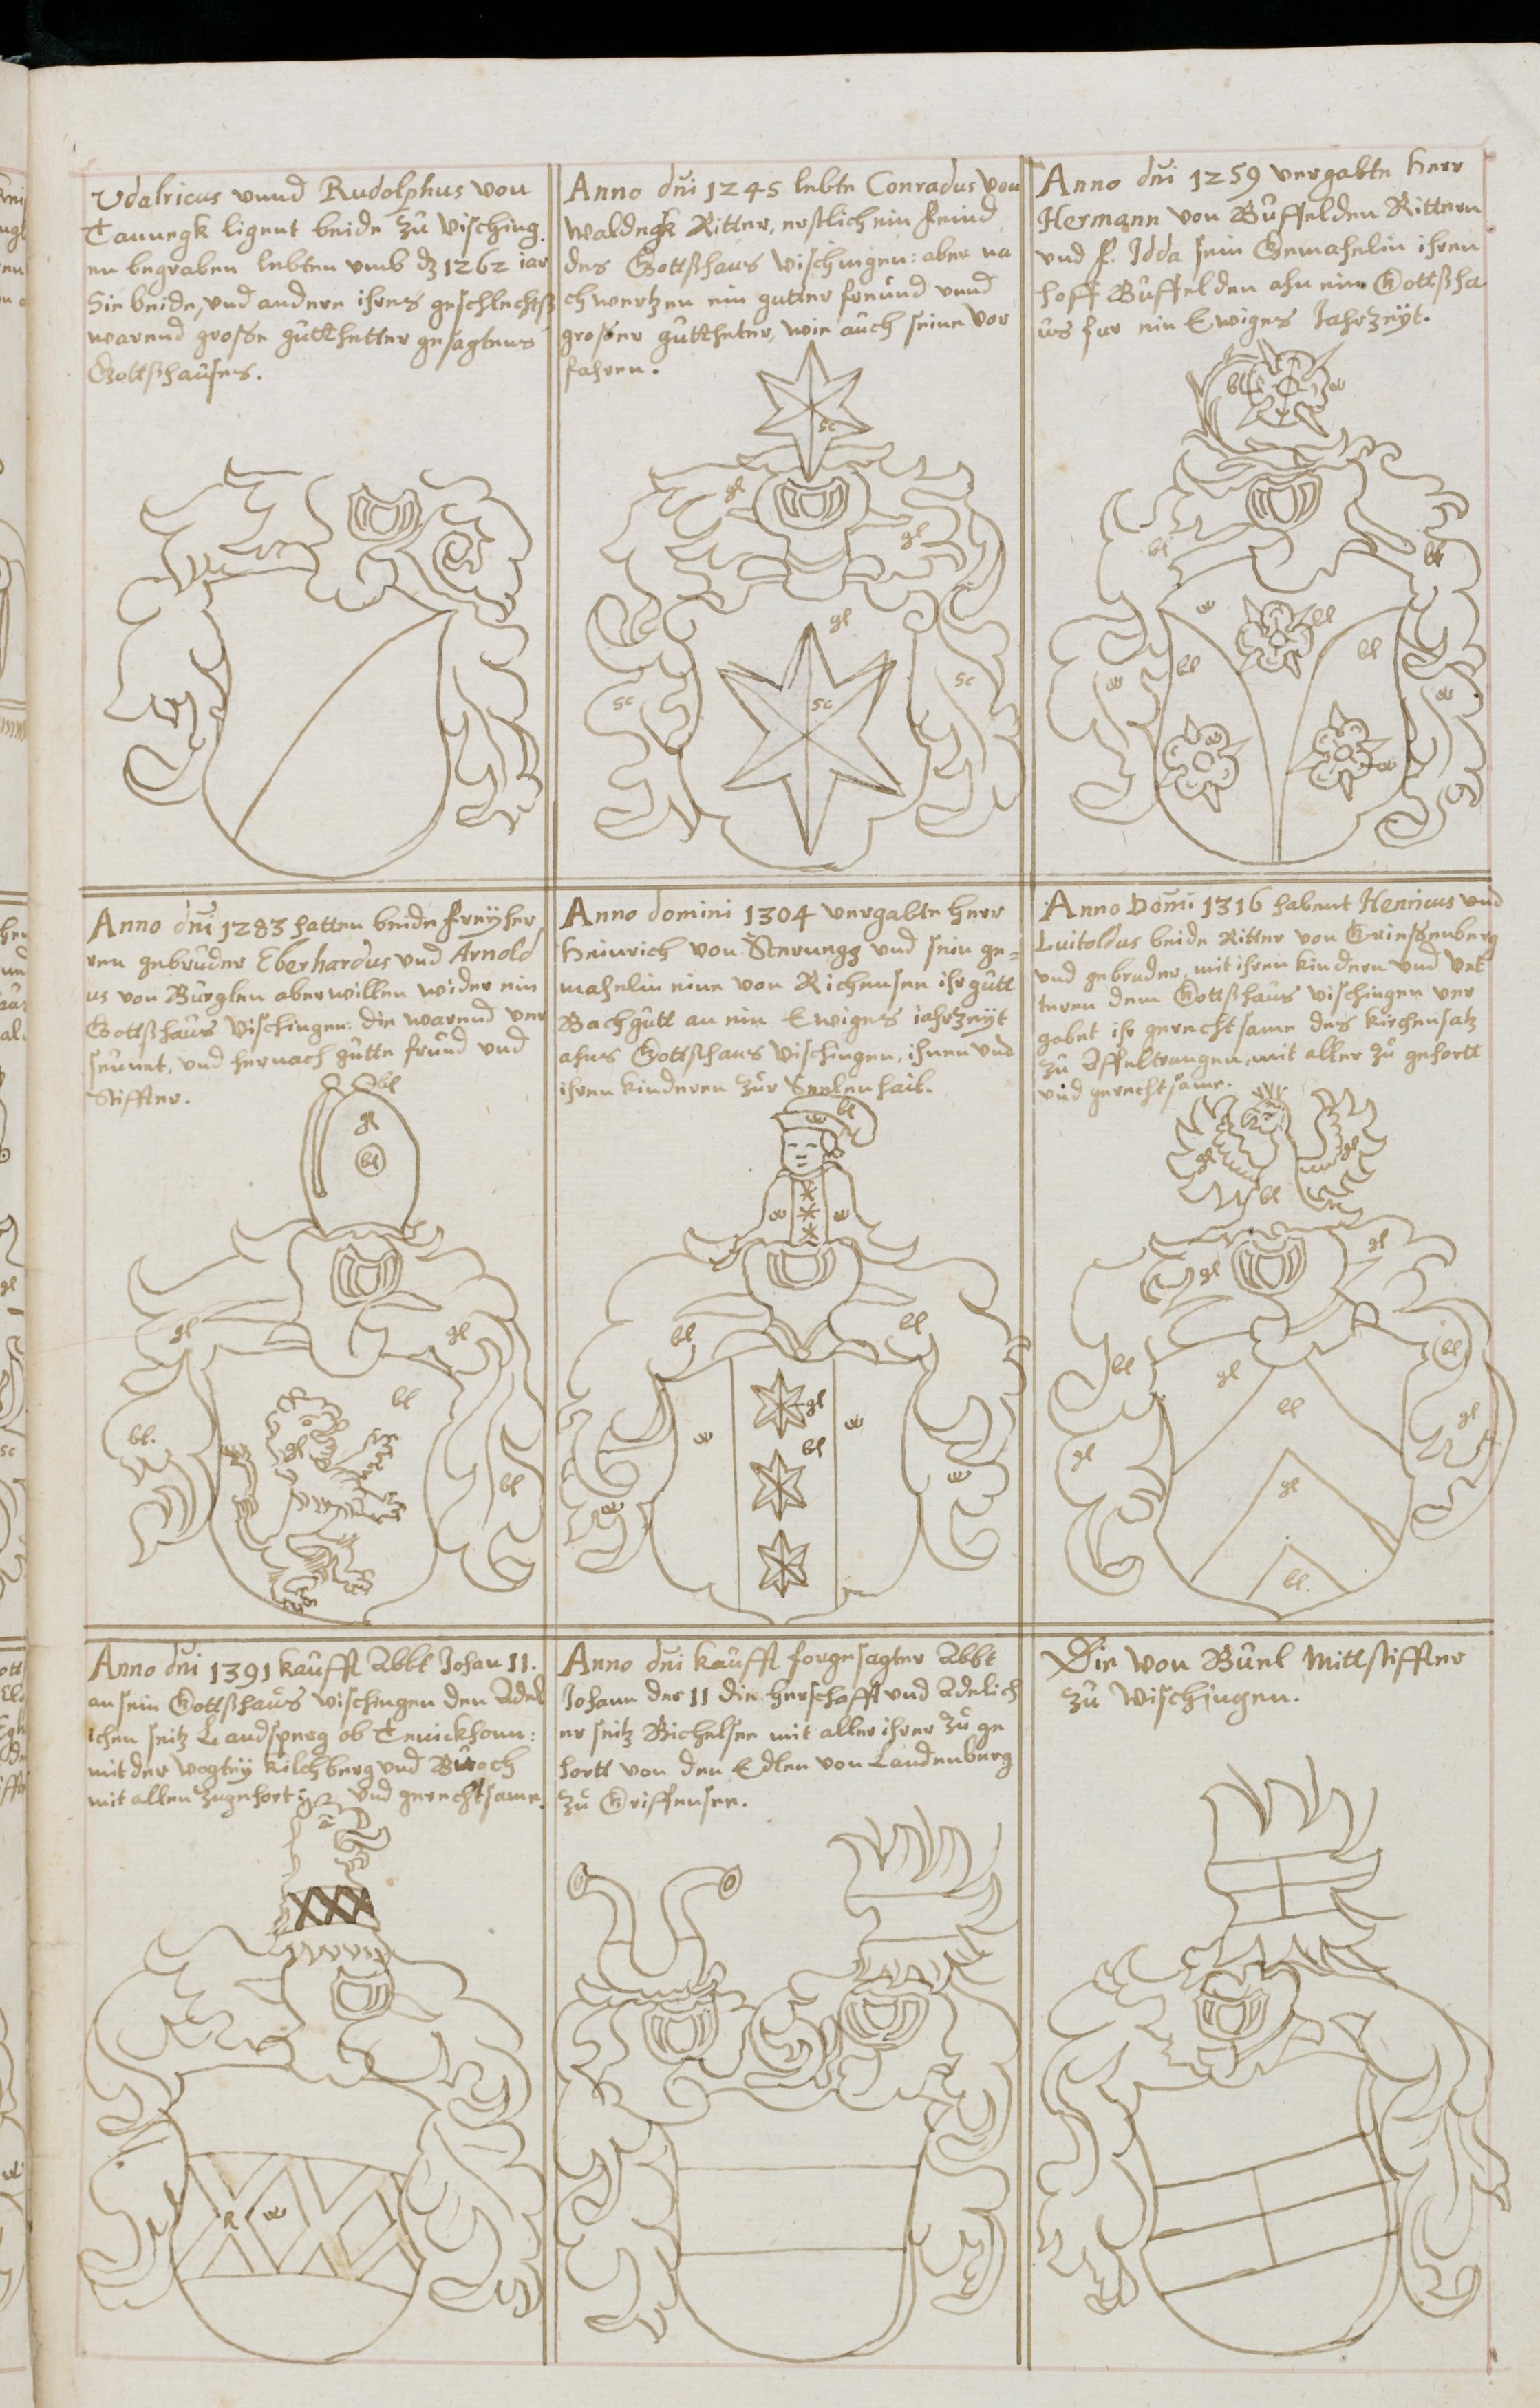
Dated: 1619–1649